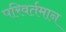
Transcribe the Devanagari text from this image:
परिवर्तमान